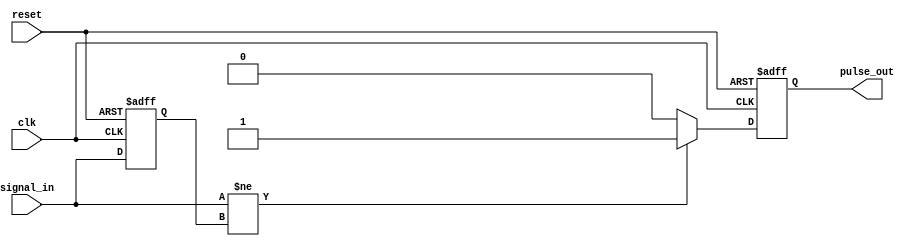
module PulseEdgeDetector (
    input wire clk,           // Clock signal
    input wire reset,         // Asynchronous reset
    input wire signal_in,     // Input signal to detect edges
    output reg pulse_out      // Output pulse for edge detection
);

    reg previous_state;       // Register to hold the previous state of signal_in

    // Asynchronous reset and edge detection logic
    always @(posedge clk or posedge reset) begin
        if (reset) begin
            previous_state <= 1'b0; // Set previous state to 0 on reset
            pulse_out <= 1'b0;       // Clear pulse output on reset
        end else begin
            // Edge detection logic
            if (signal_in != previous_state) begin
                pulse_out <= 1'b1;    // Generate pulse on edge detection
            end else begin
                pulse_out <= 1'b0;     // Clear pulse if no edge detected
            end
            
            // Update previous state
            previous_state <= signal_in;
        end
    end

endmodule